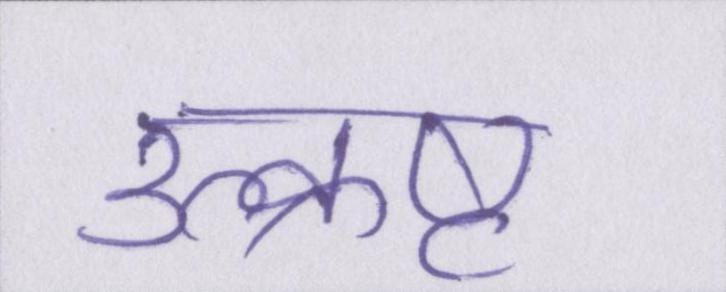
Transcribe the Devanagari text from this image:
उत्क्रष्ट